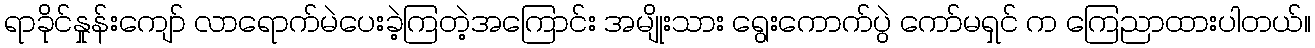
ရာခိုင်နှုန်းကျော် လာရောက်မဲပေးခဲ့ကြတဲ့အကြောင်း အမျိုးသား ရွေးကောက်ပွဲ ကော်မရှင် က ကြေညာထားပါတယ်။